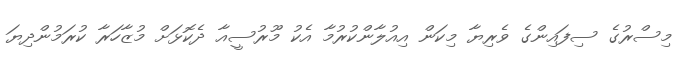
މިސްރުގެ ސިފައިންގެ ވެރިޔާ މިކަން އިއުލާންކުރުމާ އެކު މޫރުސީއާ ދެކޮޅަށް މުޒާހަރާ ކުރަމުންދިޔަ